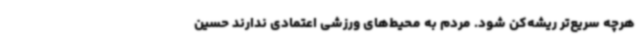
هرچه سریع‌تر ریشه‌کن شود. مردم به محیط‌های ورزشی اعتمادی ندارند حسین